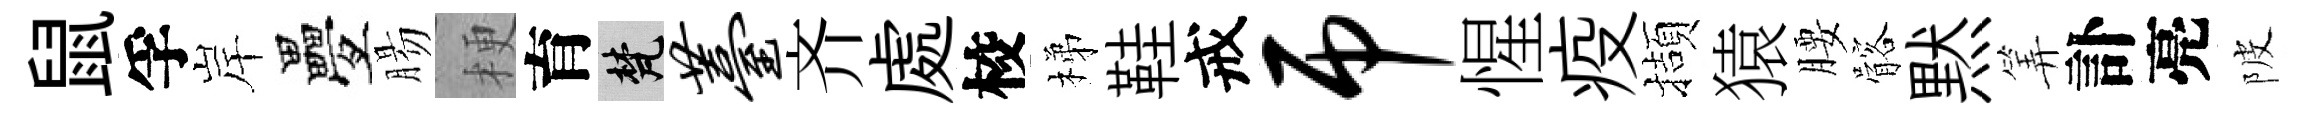
鼠孚岸疊腸梗育梵薹齐處校梯鞋戒吊惺疫擷猿腰髂黙筭訃亮陂